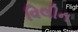
વિલીન